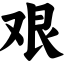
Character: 艰